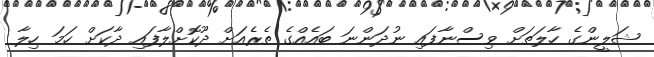
ޝަލީންގެ ހާލަތަށް ވިސްނާފައި ނުދަންނަ ބައެއްގެ ތެރެއަށް ދޫކޮށްލާފައި ދާކަށް ހަމަ ހިލާ